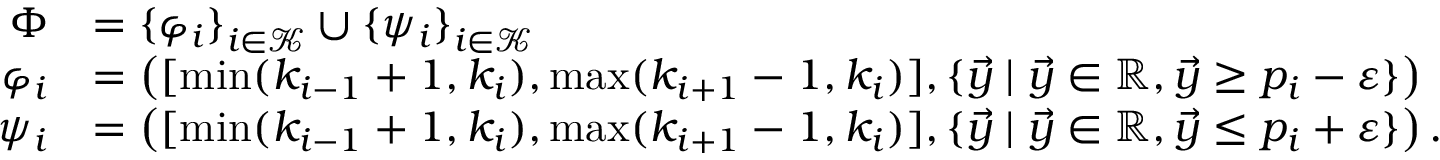
\begin{array} { r l } { \Phi } & { = { \{ \varphi _ { i } \} } _ { i \in \mathcal { K } } \cup { \{ \psi _ { i } \} } _ { i \in \mathcal { K } } } \\ { \varphi _ { i } } & { = \left( [ \operatorname* { m i n } ( k _ { i - 1 } + 1 , k _ { i } ) , \operatorname* { m a x } ( k _ { i + 1 } - 1 , k _ { i } ) ] , \{ \vec { y } \mid \vec { y } \in \mathbb { R } , \vec { y } \geq p _ { i } - \varepsilon \} \right) } \\ { \psi _ { i } } & { = \left( [ \operatorname* { m i n } ( k _ { i - 1 } + 1 , k _ { i } ) , \operatorname* { m a x } ( k _ { i + 1 } - 1 , k _ { i } ) ] , \{ \vec { y } \mid \vec { y } \in \mathbb { R } , \vec { y } \leq p _ { i } + \varepsilon \} \right) . } \end{array}